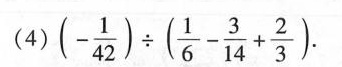
(4)$$ ( - \frac{1}{42}) \div ( \frac{1}{6} - \frac{3}{14} + \frac{2}{3} ) $$.